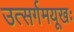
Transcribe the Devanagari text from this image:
उत्सर्गमयूखः